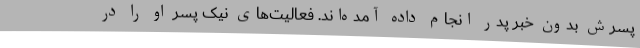
پسرش بدون خبر پدر انجام داده آمده‌اند. فعالیت‌های نیک پسر او را در